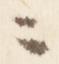
ニ